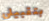
بتقبيلي